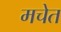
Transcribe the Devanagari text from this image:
मचेत